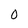
Character: 0